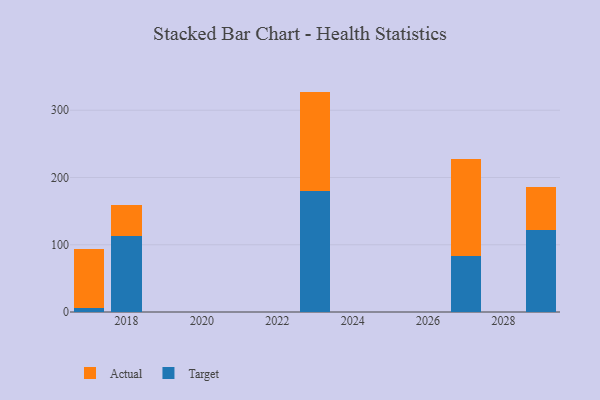
{"axis": {"x": "Year", "y": "Satisfaction Score"}, "legend": ["Actual", "Target"], "data": [{"x": "2023", "y": 179.7, "type": "Target"}, {"x": "2023", "y": 148.0, "type": "Actual"}, {"x": "2017", "y": 5.8, "type": "Target"}, {"x": "2017", "y": 88.6, "type": "Actual"}, {"x": "2027", "y": 83.3, "type": "Target"}, {"x": "2027", "y": 144.7, "type": "Actual"}, {"x": "2029", "y": 121.9, "type": "Target"}, {"x": "2029", "y": 64.5, "type": "Actual"}, {"x": "2018", "y": 112.3, "type": "Target"}, {"x": "2018", "y": 47.1, "type": "Actual"}]}